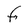
Character: F